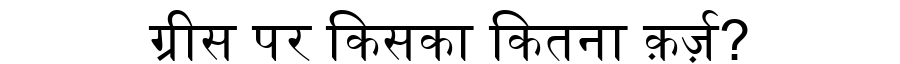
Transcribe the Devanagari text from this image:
ग्रीस पर किसका कितना क़र्ज़?